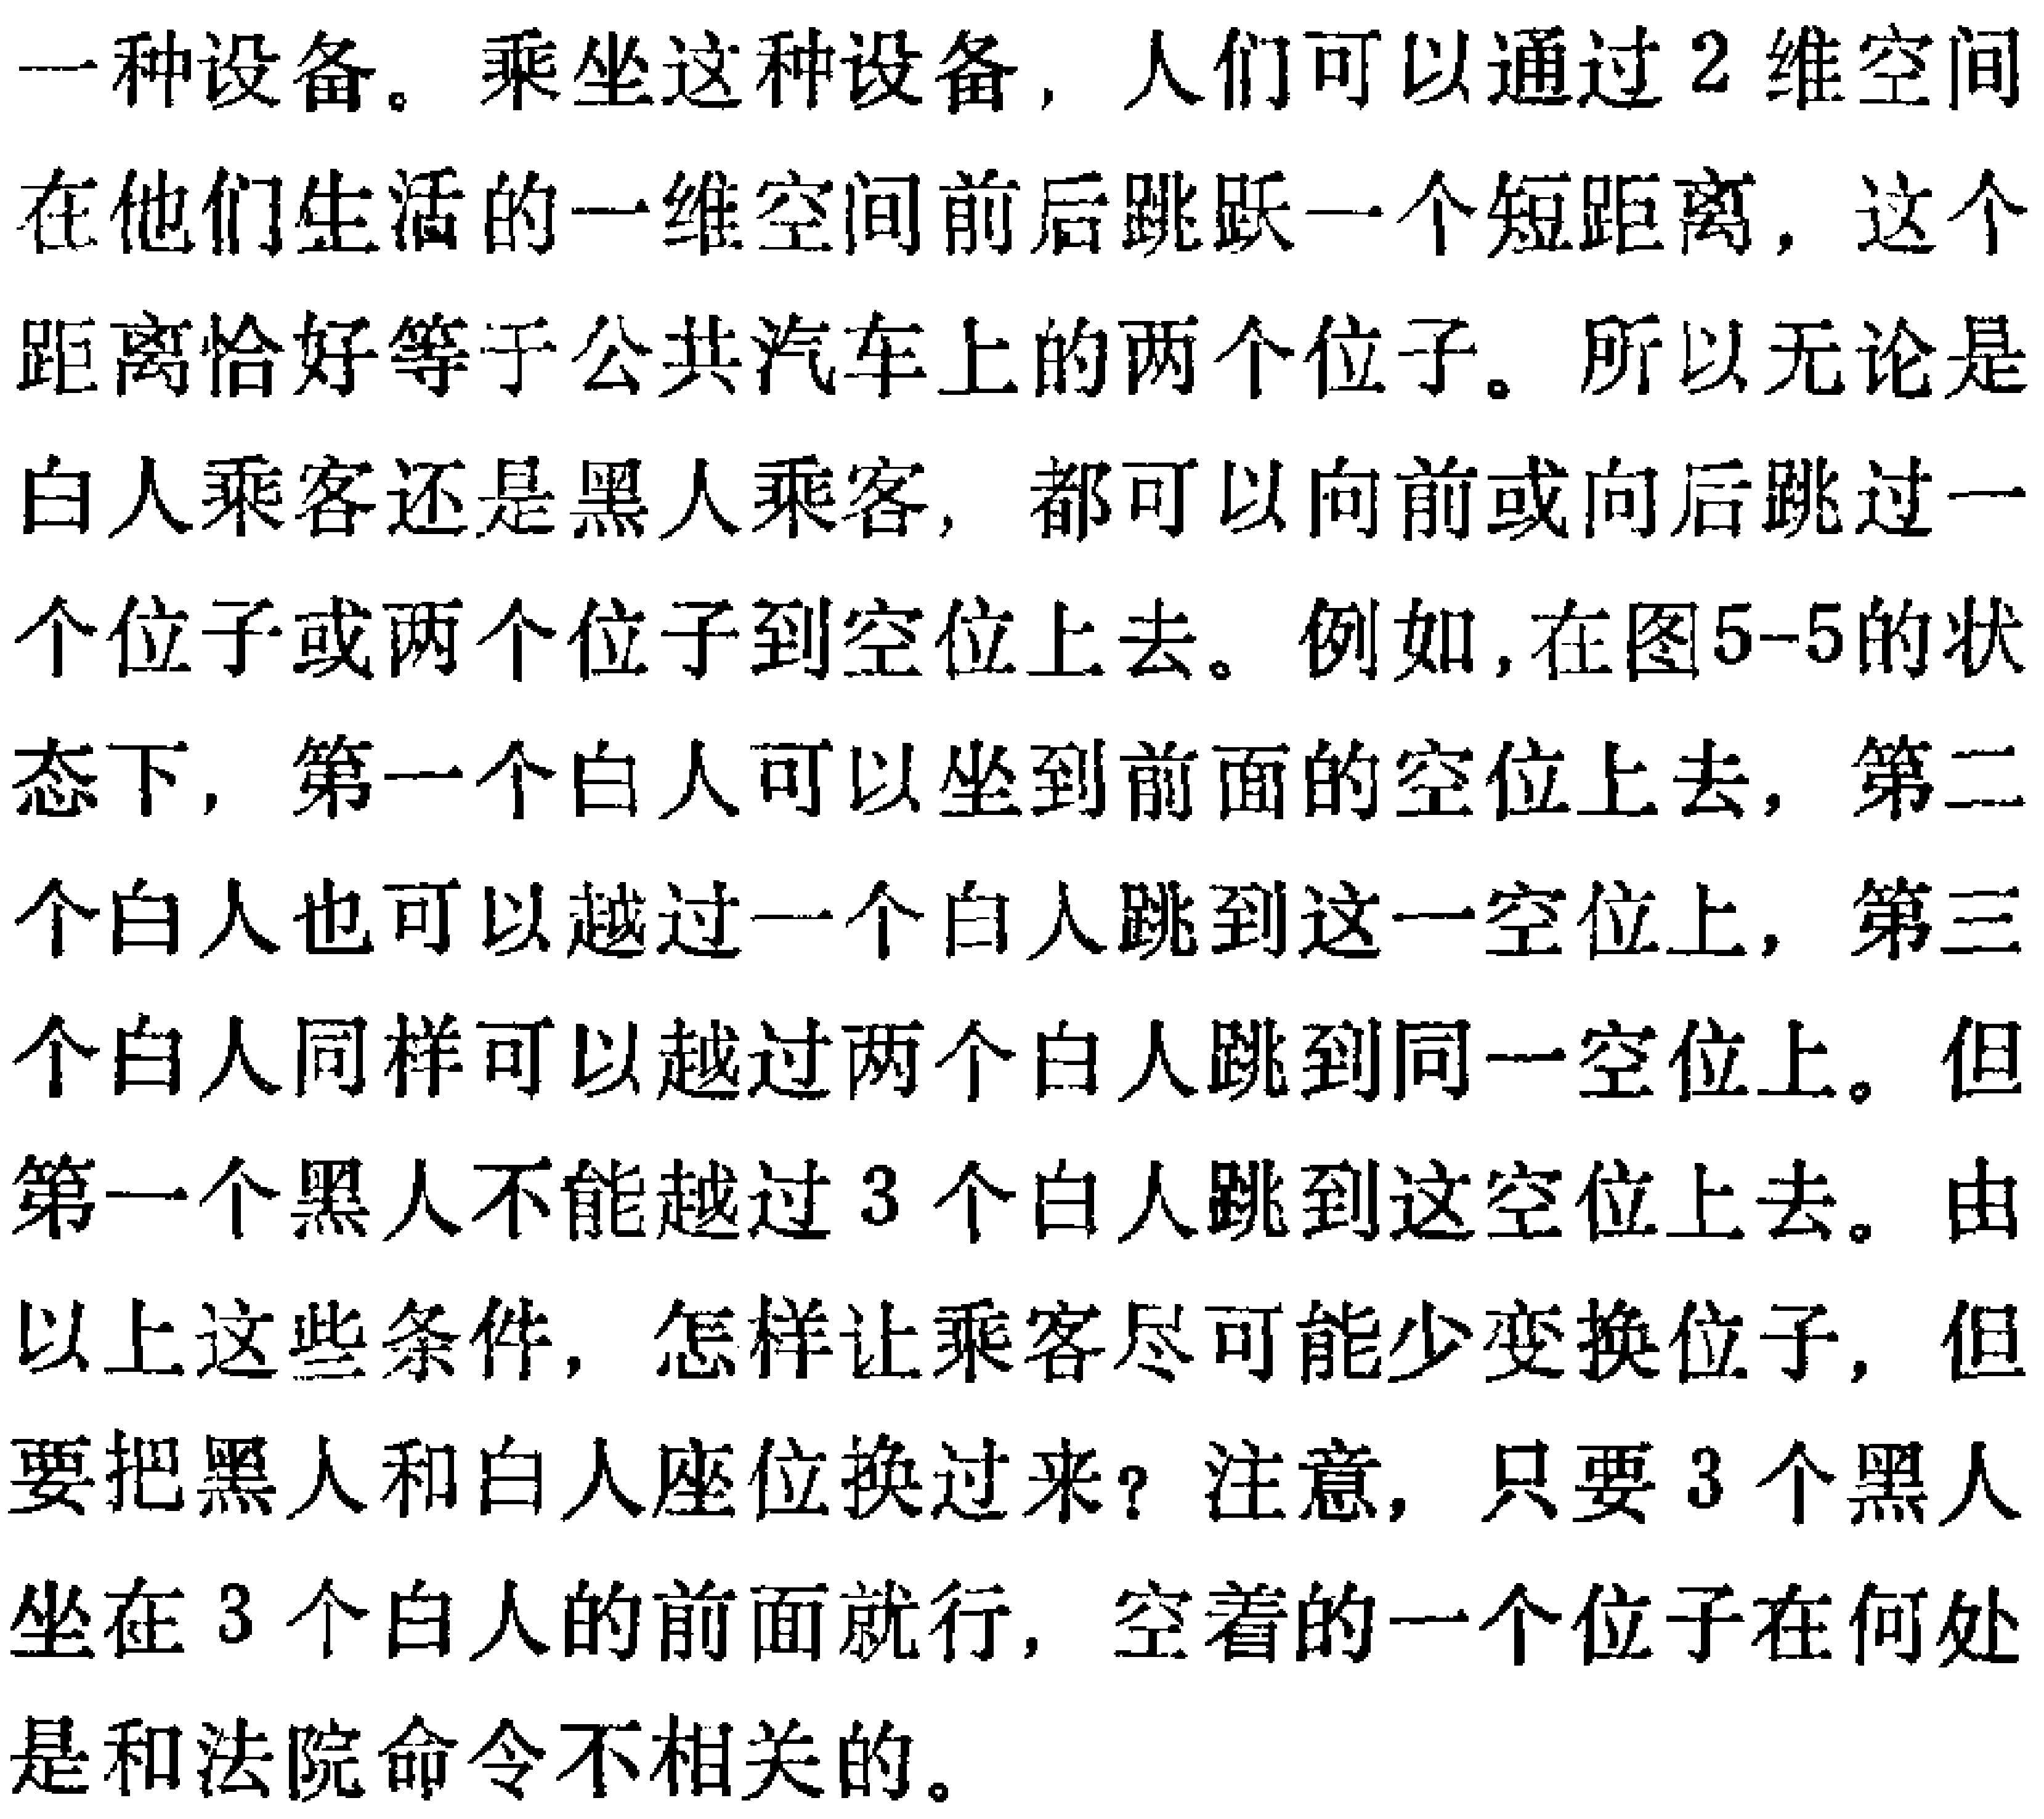
一种设备。乘坐这种设备，人们可以通过2维空间在他们生活的一维空间前后跳跃一个短距离，这个距离恰好等于公共汽车上的两个位子。所以无论是白人乘客还是黑人乘客，都可以向前或向后跳过一个位子或两个位子到空位上去。例如，在图5-5的状态下，第一个白人可以坐到前面的空位上去，第二个白人也可以越过一个白人跳到这一空位上，第三个白人同样可以越过两个白人跳到同一空位上。但第一个黑人不能越过3个白人跳到这空位上去。由以上这些条件，怎样让乘客尽可能少变换位子，但要把黑人和白人座位换过来？注意，只要3个黑人坐在3个白人的前面就行，空着的一个位子在何处是和法院命令不相关的。